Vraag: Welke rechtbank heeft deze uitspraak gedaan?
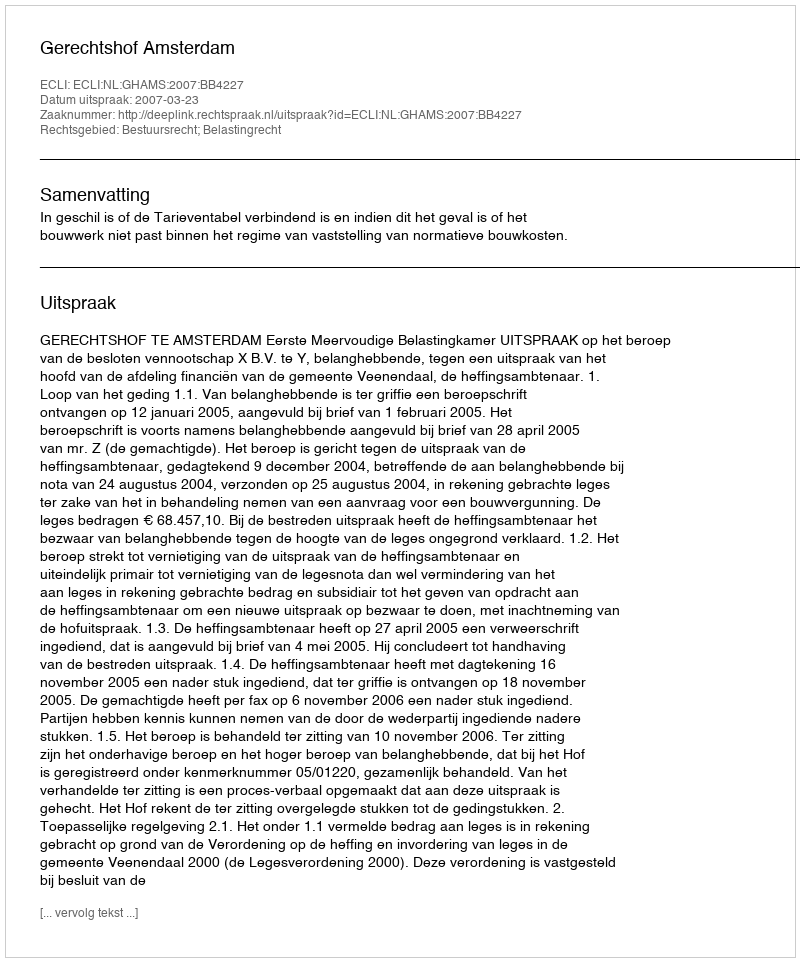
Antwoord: Gerechtshof Amsterdam